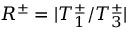
R ^ { \pm } = | T _ { 1 } ^ { \pm } / T _ { 3 } ^ { \pm } |